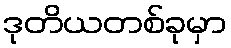
ဒုတိယတစ်ခုမှာ